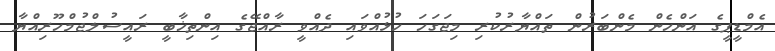
އެމްޑީޕީގެ އަންހެން މެންބަރުން ތައްޔާރުކުރި މިޖަގަހަ ހުޅުއްވައި ދެއްވީ ރާއްޖޭގެ އިންތިޚާބީ ރައީސުލްޖުމްހޫރިއްޔާ